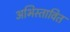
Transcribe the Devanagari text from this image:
अभिस्तावित